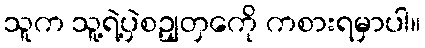
သူက သူ့ရဲ့ပှဲစဥျတှကေို ကစားရမှာပါ။